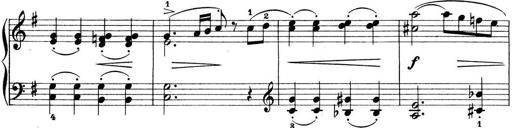
Title: Preis-Sonatine
Composer: Ernst James Bremner